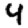
Digit: 4